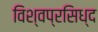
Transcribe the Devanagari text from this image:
विश्वप्रसिध्द